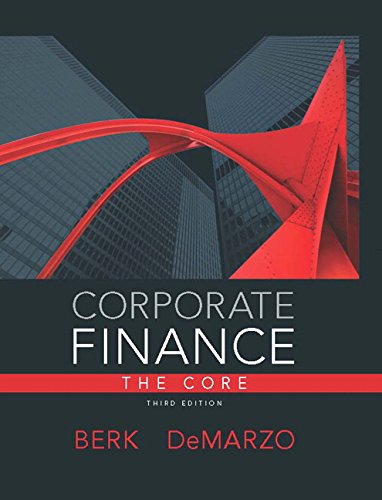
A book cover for Corporate Finance: The Core Plus NEW MyFinanceLab with Pearson eText --- Access Card Package (3rd Edition); Jonathan Berk; Business & Money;